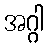
အဂ္ဂါ